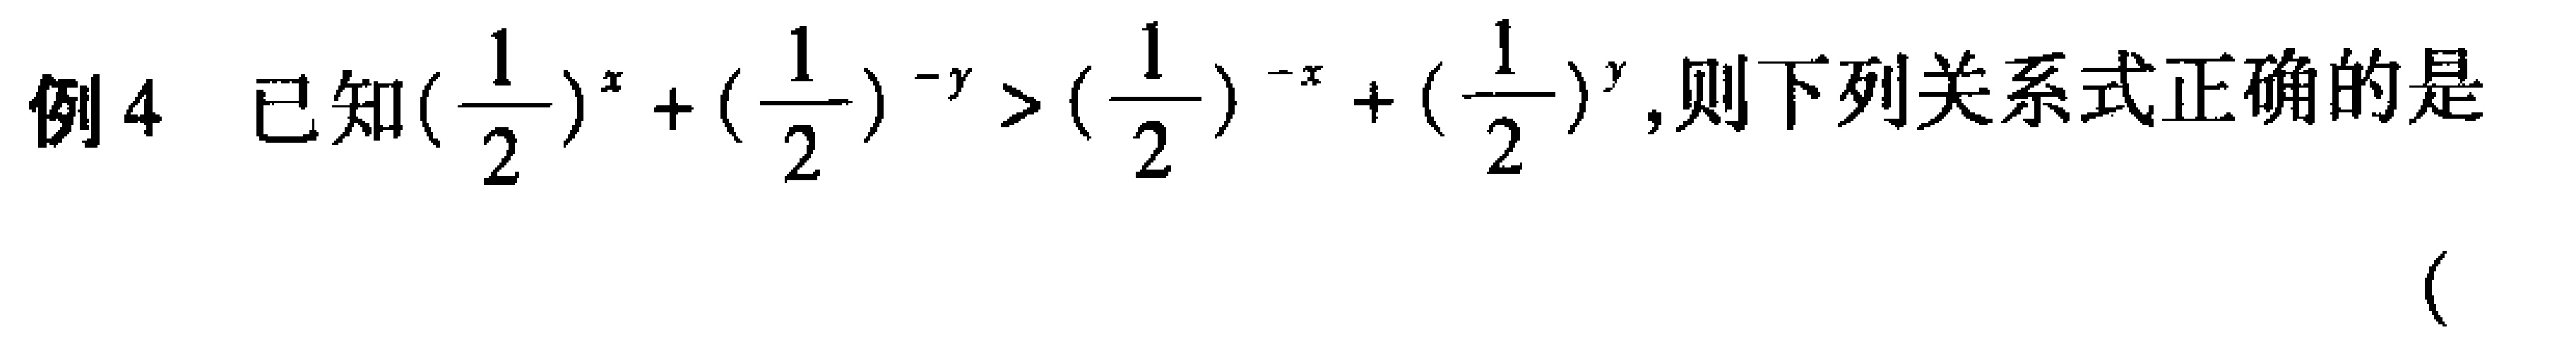
例4 已知\((\frac{1}{2})^x + (\frac{1}{2})^{-y} > (\frac{1}{2})^{-x} + (\frac{1}{2})^y\),则下列关系式正确的是

(